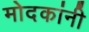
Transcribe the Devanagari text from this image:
मोदकांनी